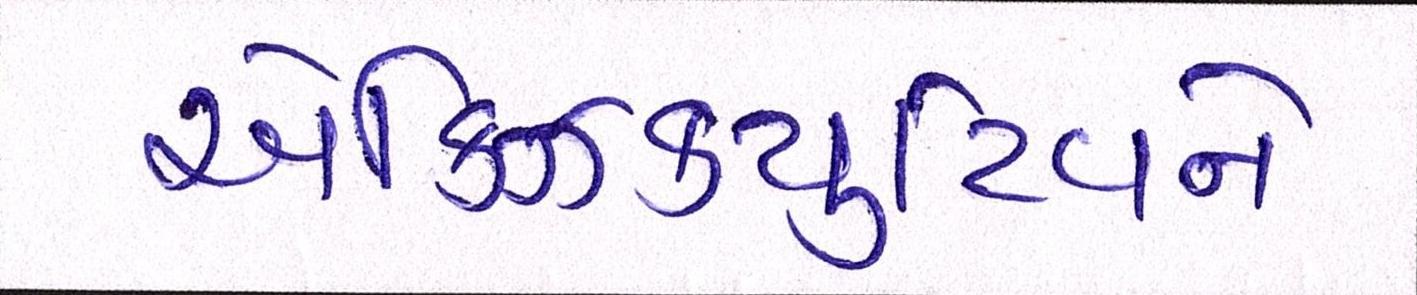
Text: એક્ઝિક્યુટિવને